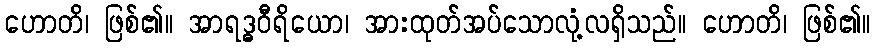
ဟောတိ၊ ဖြစ်၏။ အာရဒ္ဓဝီရိယော၊ အားထုတ်အပ်သောလုံ့လရှိသည်။ ဟောတိ၊ ဖြစ်၏။